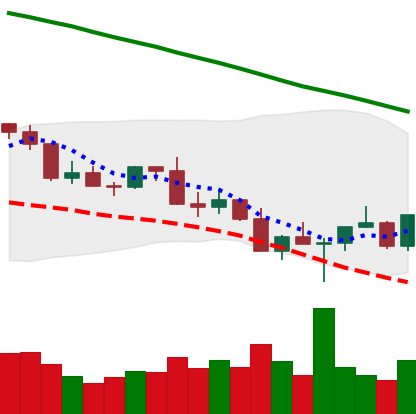
Ticker: XLM-USD
Chart end date: 2022-02-28
Forward return: -8.526%
Label: down_7plus